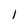
Character: 1